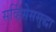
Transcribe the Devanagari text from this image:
सर्व्हिसेससुद्धा